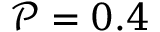
\mathcal { P } = 0 . 4